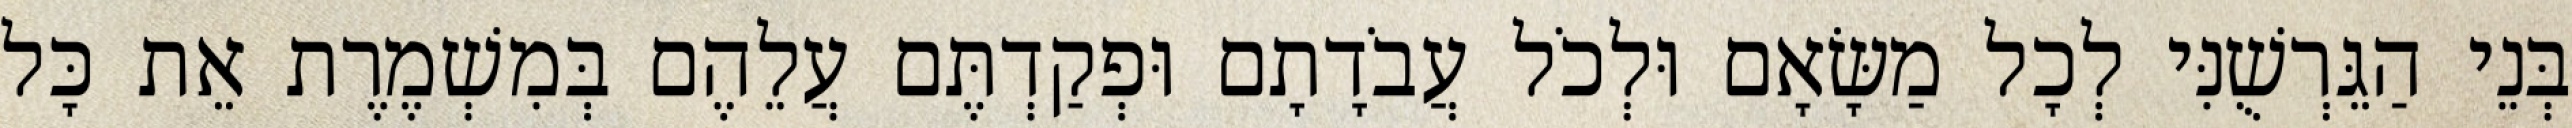
בְּנֵי הַגֵּרְשֻׁנִּי לְכָל מַשָּׂאָם וּלְכֹל עֲבֹדָתָם וּפְקַדְתֶּם עֲלֵהֶם בְּמִשְׁמֶרֶת אֵת כָּל